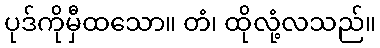
ပုဒ်ကိုမှီထသော။ တံ၊ ထိုလုံ့လသည်။